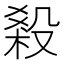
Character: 𣪩